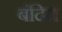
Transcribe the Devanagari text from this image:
बंदित